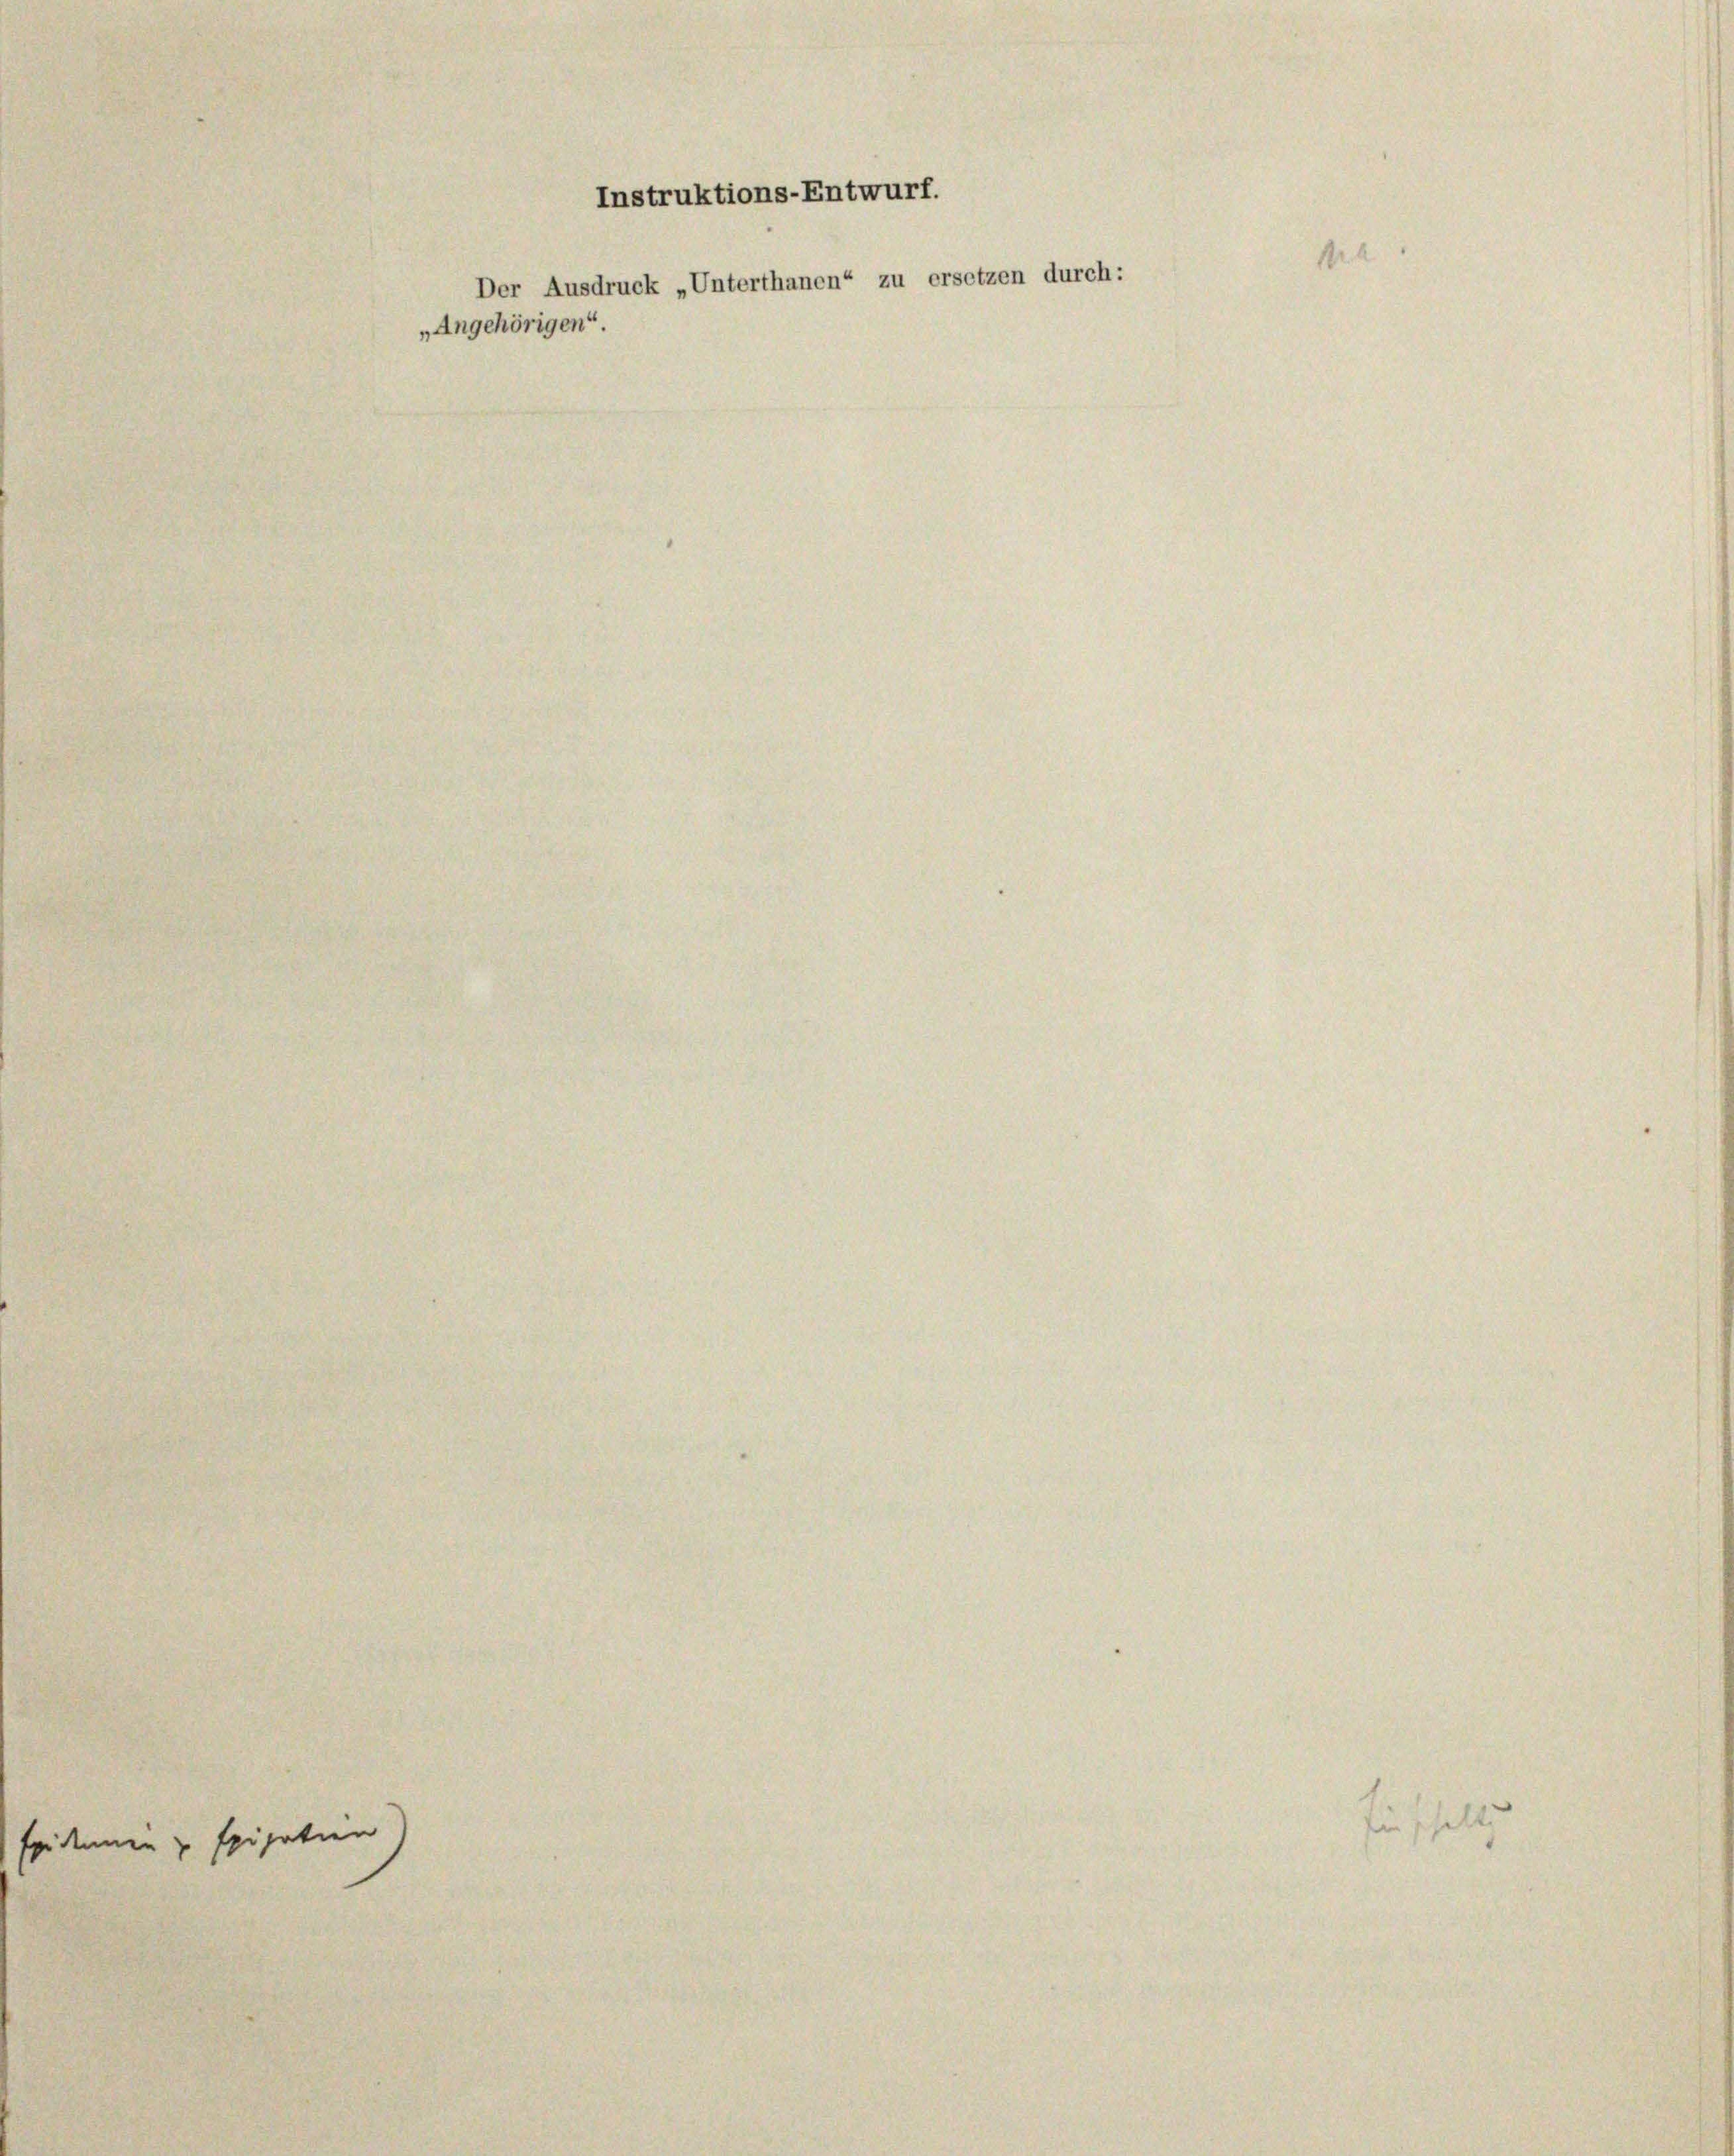
Epidemen zu spipatien

Instruktions-Entwurf.
Der Ausdruck „Unterthanen“ zu ersetzen durch:
„Angehörigen“.

.

in schalt